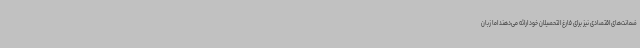
ضمانت‌های اقتصادی نیز برای فارغ التحصیلان خود ارائه می‌دهند اما زبان